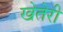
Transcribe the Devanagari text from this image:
खेतेरी